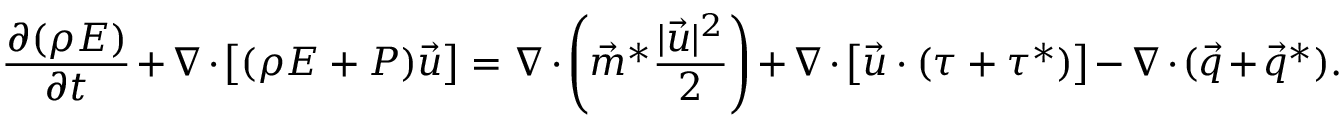
\frac { \partial ( \rho E ) } { \partial t } + \nabla \cdot \left[ ( \rho E + P ) \vec { u } \right] = \nabla \cdot \left( \vec { m } ^ { * } \frac { | \vec { u } | ^ { 2 } } { 2 } \right) + \nabla \cdot \left[ \vec { u } \cdot ( \tau + \tau ^ { * } ) \right] - \nabla \cdot ( \vec { q } + \vec { q } ^ { * } ) .